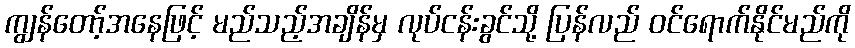
ကျွန်တော့်အနေဖြင့် မည်သည့်အချိန်မှ လုပ်ငန်းခွင်သို့ ပြန်လည် ဝင်ရောက်နိုင်မည်ကို